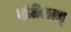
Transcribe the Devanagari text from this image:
दत्तिलम्‌